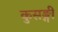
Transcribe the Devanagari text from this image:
कुसङ्गी